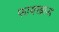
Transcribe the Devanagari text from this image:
फायरब्रान्ड